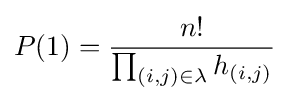
P(1)={\frac {n!}{\prod _{(i,j)\in \lambda }h_{(i,j)}}}